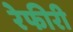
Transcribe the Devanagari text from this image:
रेफीरी